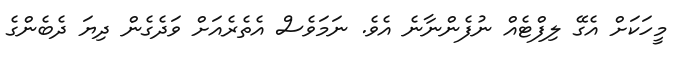
މީހަކަށް އެގޭ ލިފްޓެއް ނުފެންނާނެ އެވެ. ނަމަވެސް އެތެރެއަށް ވަދެގެން ދިޔަ ދެބެންގެ